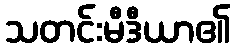
သတင်းမီဒီယာ၏